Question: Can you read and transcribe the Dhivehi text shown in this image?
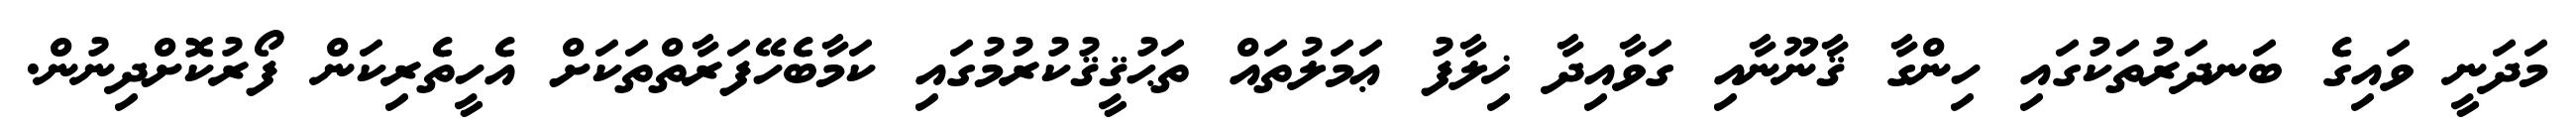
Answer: މަދަނީ ވައިގެ ބަނދަރުތަކުގައި ހިންގާ ޤާނޫނާއި ގަވާއިދާ ޚިލާފު ޢަމަލުތައް ތަޙުޤީޤުކުރުމުގައި ކަމާބެހޭފަރާތްތަކަށް އެހީތެރިކަން ފޯރުކޮށްދިނުން.